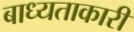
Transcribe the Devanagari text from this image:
बाध्यताकारी